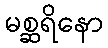
မစ္ဆရိနော